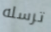
ترسله